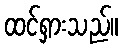
ထင်ရှားသည်။